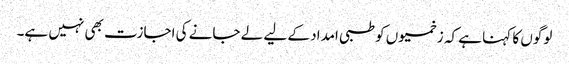
لوگوں کا کہنا ہے کہ زخمیوں کو طبی امداد کے لیے لے جانے کی اجازت بھی نہیں ہے۔